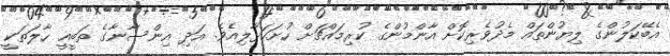
އެބޭކަލުންގެ ލިޔުންތައް މެދުވެރިކޮށް އާންމުންގެ ކުރިމައްޗަށް ހުށަހަޅާލިއެވެ. އަދި އިންސާނާގެ ތަބީއީ ހާލަތަކީ